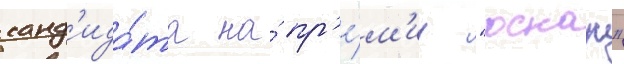
канд'ида́та на́ пр'е́м'иу "оскар"